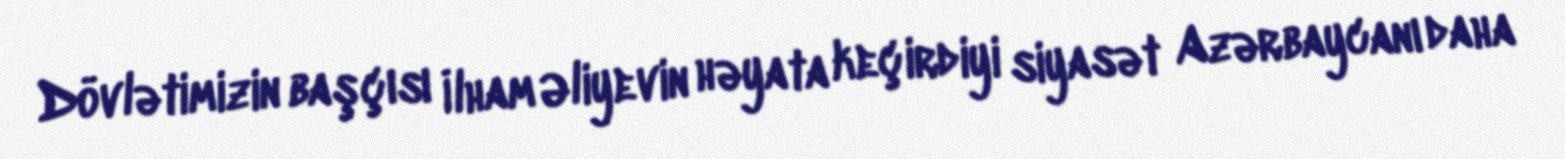
Dövlətimizin başçısı İlham Əliyevin həyata keçirdiyi siyasət Azərbaycanı daha